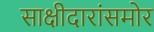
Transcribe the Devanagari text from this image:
साक्षीदारांसमोर